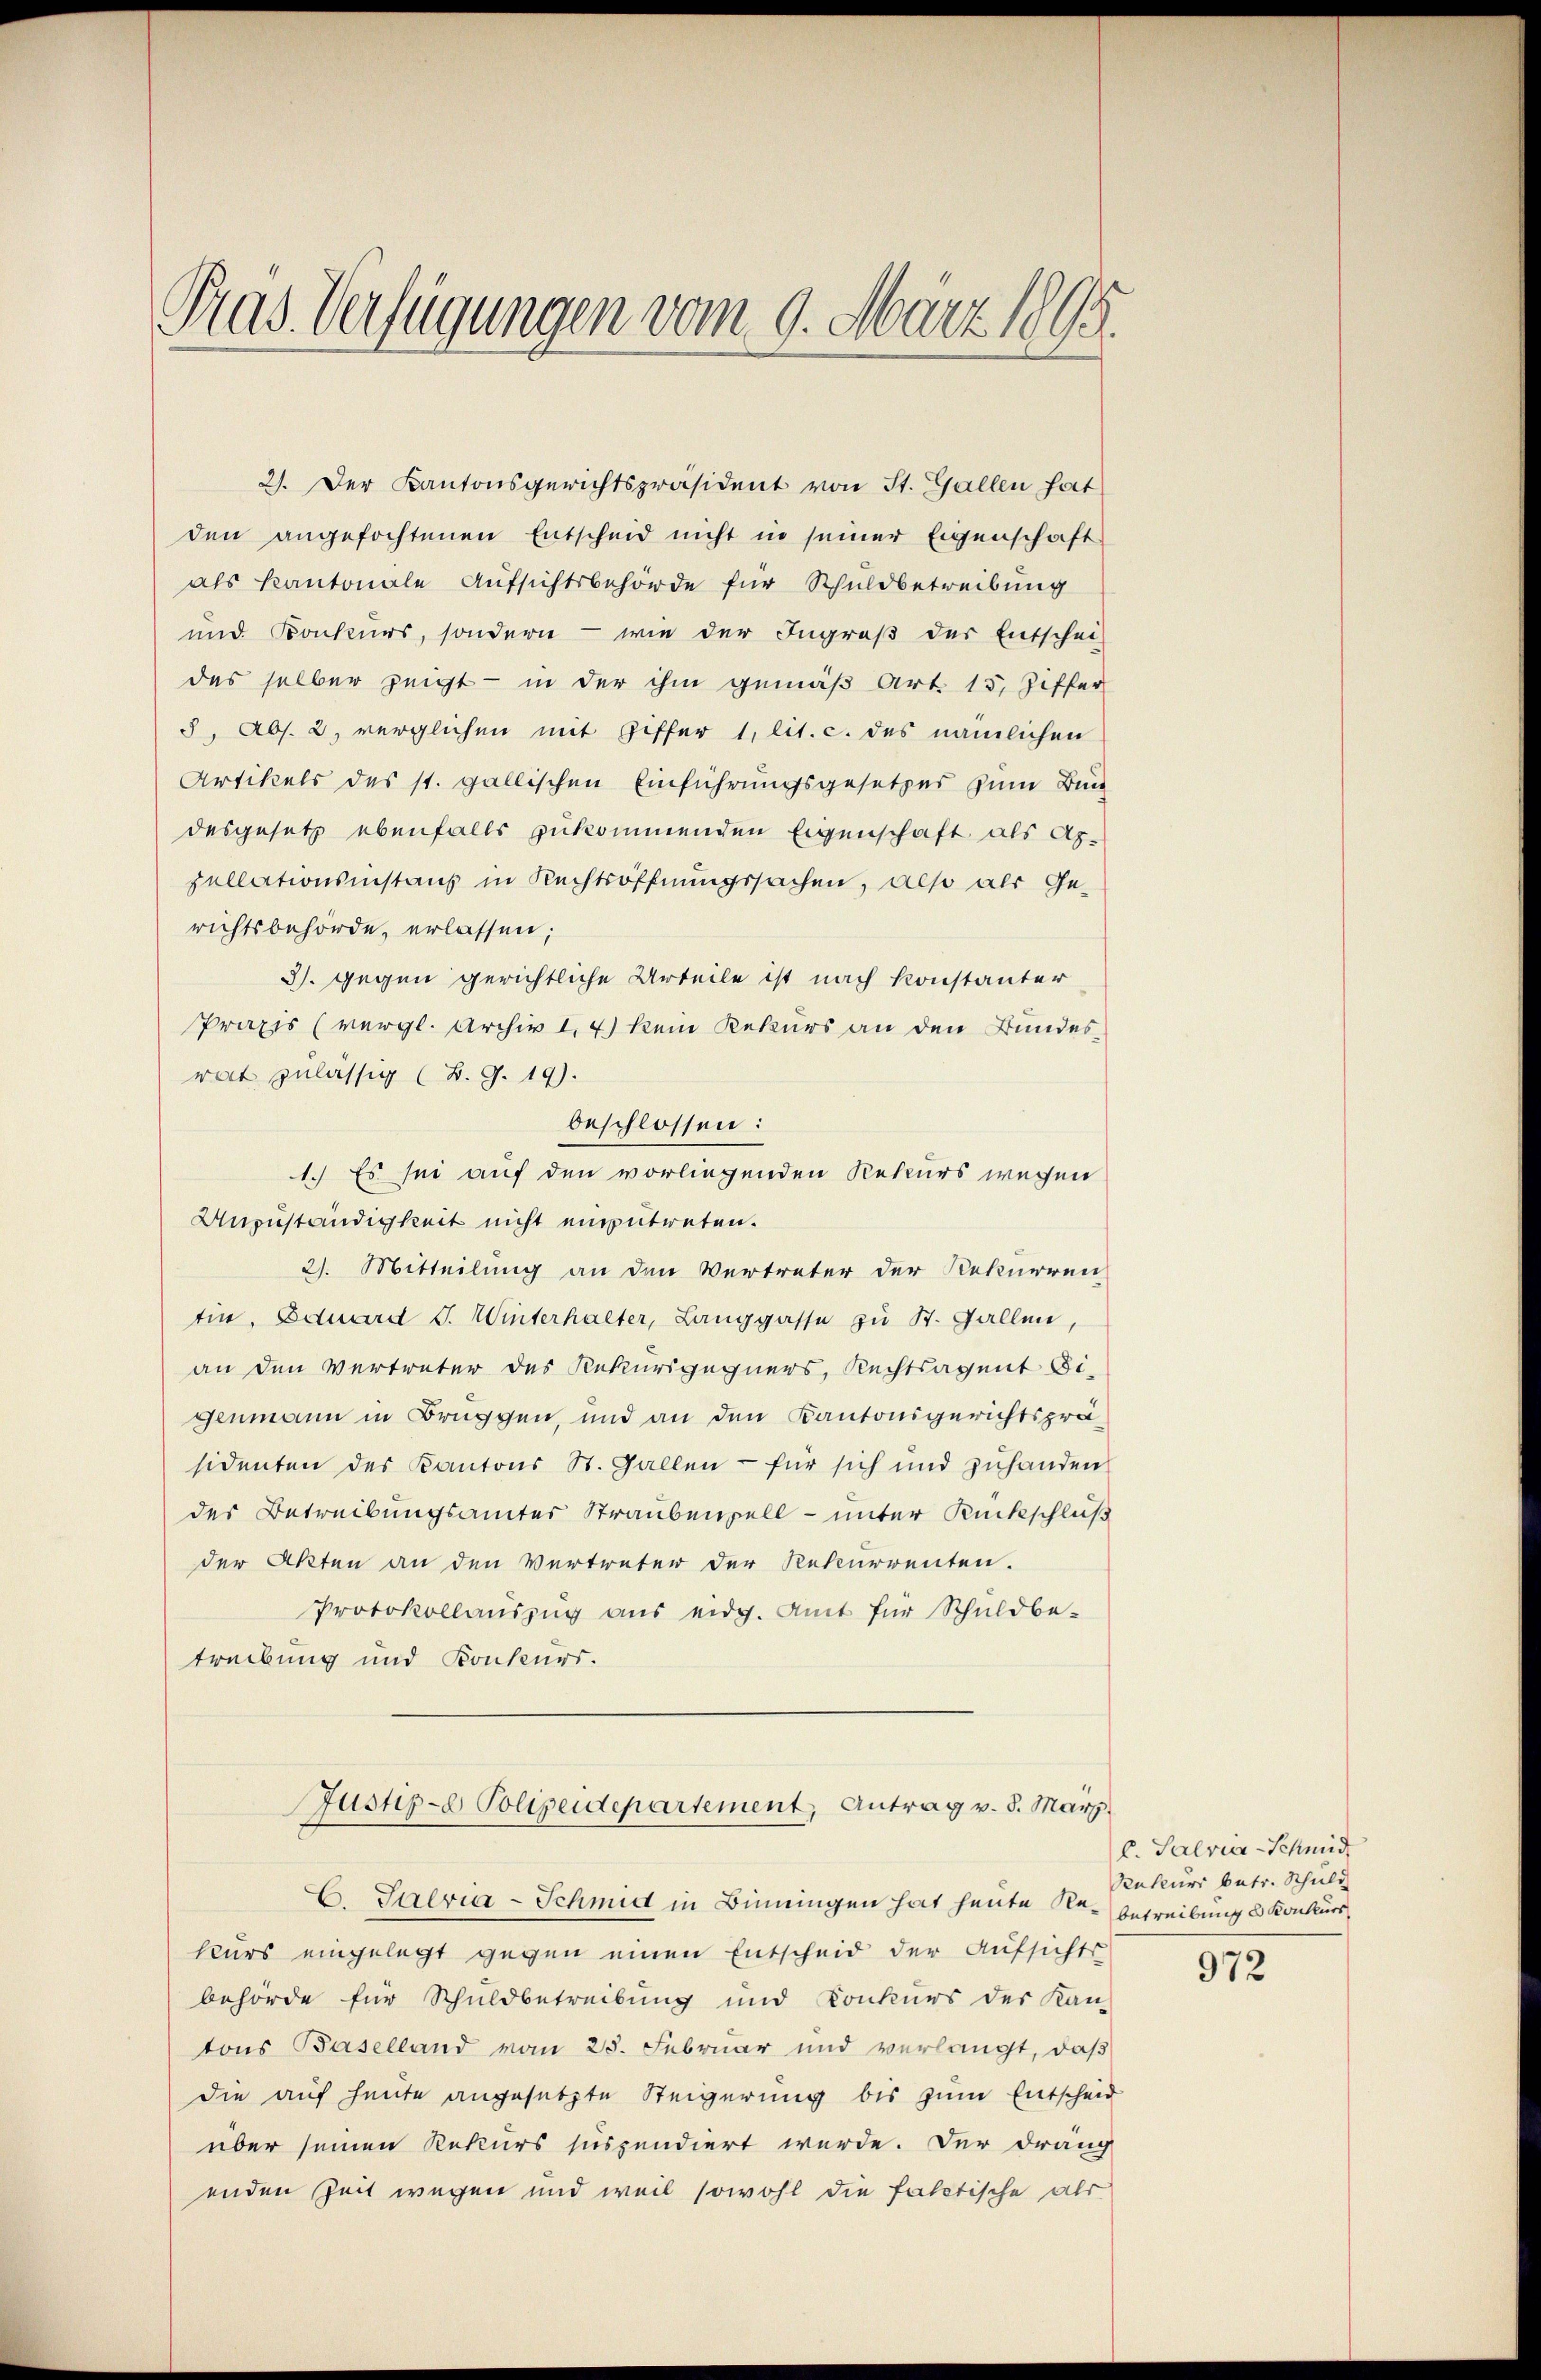
Pas Verfügungen vom 9. März 1895.

2). Der Kantonsgerichtspräsident von St. Gallen hat
den angefochtenen Entscheid nicht in seiner Eigenschaft
als Kantonale Aufsichtsbehörde für Schuldbetreibung
und Konkurs, sondern - wie der Ingroß der Entschei-
des selber zeigt - in der ihm gemäß Art. 15, Ziffer
5, Abs. 2, verglichen mit Ziffer 1, lit. c. des nämlichen
Artikels des st. gallischen Einführungsgesetzes zum Bun
desgesetz ebenfalls zukommenden Eigenschaft als Apzellationsinstanz in Rechtsöffnungssachen, also als Ge-
richtsbehörde, erlassen;
3. gegen gerichtliche Urteile ist nach konstanter
Praxis (vergl. Archiv 1,4) kein Rekurs an den Bundesrat zulässig (B. G. 19).
beschlossen:
1.) Es sei auf den vorliegenden Rekurs wegen
Anzuständigkeit nicht einzutreten.
2). Mitteilung an den Vertreter der Rekurren
tin. Eduard J. Winterhalter, Langgasse zu St. Gallen,
an den Vertreter des Rekursgegners, Rechtsagent Di-
genmann in Bruggen, und an den Kantonsgerichtspräsidenten des Kantons St. Gallen - für sich und zŭhanden
des Betreibungsamtes Straubenzell – unter Rückschluß
der Akten an den Vertreter der Rekurrenten.
Protokollauszug aus eidg. Amt für Schuldbe-
treibung und Konkurs.
Justiz- Polizeidepartement, Antrag v. 8. März.
C. Patria-Schmid in Binningen hat heute Re- betreibung u Konkurs
kurs eingelegt gegen einen Entscheid der Aufsichts
behörde für Schuldbetreibung und Konkurs der Kan-
tons Baselland vom 25. Februar und verlangt, daß
die auf heute angesetzte Steigerung bis zum Entscheid
über seinen Rekurs suspendiert werde. Der dräng
enden Zeit wegen und weil sowohl die faltische als

C. Salvin Schmid
Rekurs betr. Schuld

972